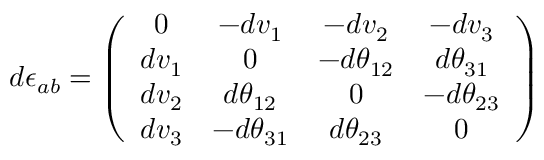
d \epsilon _ { a b } = \left( \begin{array} { c c c c } { { 0 } } & { { - d v _ { 1 } } } & { { - d v _ { 2 } } } & { { - d v _ { 3 } } } \\ { { d v _ { 1 } } } & { { 0 } } & { { - d \theta _ { 1 2 } } } & { { d \theta _ { 3 1 } } } \\ { { d v _ { 2 } } } & { { d \theta _ { 1 2 } } } & { { 0 } } & { { - d \theta _ { 2 3 } } } \\ { { d v _ { 3 } } } & { { - d \theta _ { 3 1 } } } & { { d \theta _ { 2 3 } } } & { { 0 } } \end{array} \right)